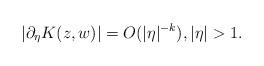
LaTeX: \begin{align*}|\partial_\eta K(z,w)| = O(|\eta|^{-k}), |\eta|>1.\end{align*}